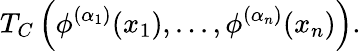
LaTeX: T_{C}\left(\phi^{(\alpha_{1})}(x_{1}),...,\phi^{(\alpha_{n})}(x_{n})\right).